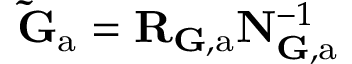
\mathbf { \tilde { G } } _ { \mathrm { a } } = \mathbf { R } _ { { \mathbf G } , \mathrm { a } } \mathbf { N } _ { \mathbf { G } , \mathrm { a } } ^ { - 1 }